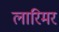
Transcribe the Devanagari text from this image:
लारिमर